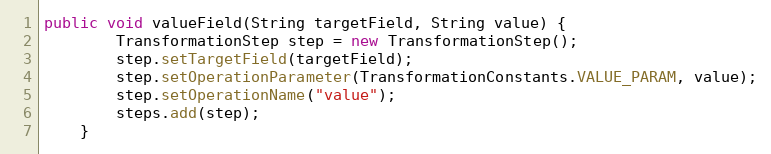
Language: Java
public void valueField(String targetField, String value) {
        TransformationStep step = new TransformationStep();
        step.setTargetField(targetField);
        step.setOperationParameter(TransformationConstants.VALUE_PARAM, value);
        step.setOperationName("value");
        steps.add(step);
    }